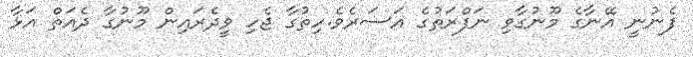
ފެނުނީ އޭނާގެ މޫނުގާވި ނަފްރަތުގެ އަސަރެވެ.ހިތުގާ ޖެހި ވީދެރައިން މޫނުގާ ދެއަތް އަޅާ